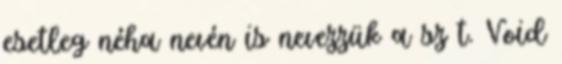
esetleg néha nevén is nevezzük a sz t. Void